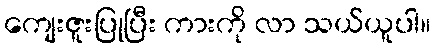
ကျေးဇူးပြုပြီး ကားကို လာ သယ်ယူပါ။